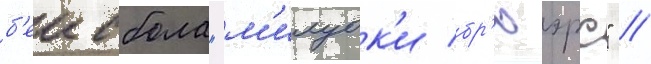
б'еисбола "м'илуок'и бр'юэрс" //